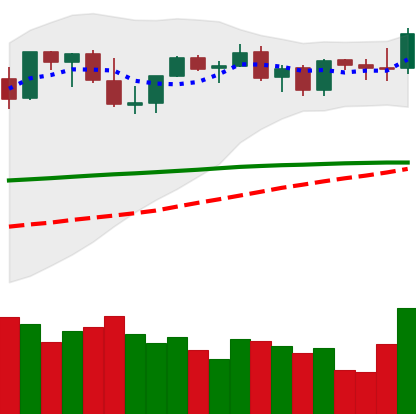
Ticker: ETH-USD
Chart end date: 2021-08-31
Forward return: 15.097%
Label: up_7plus